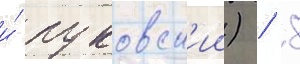
и́ пуковск'ии) / 8